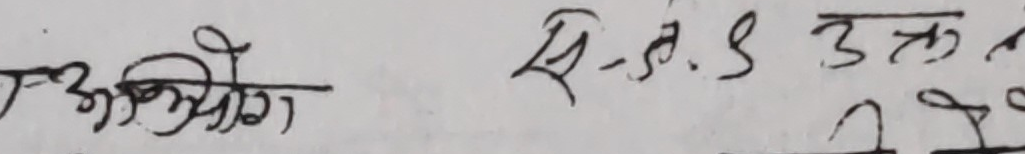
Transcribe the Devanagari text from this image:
अभिभोग से.स.४ उक्त